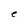
Character: e